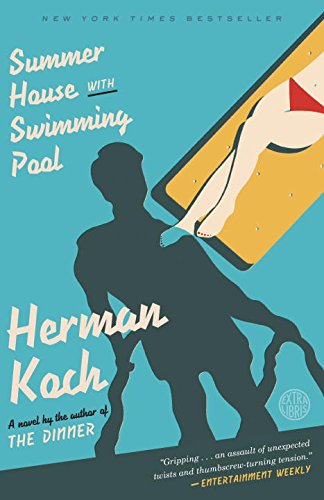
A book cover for Summer House with Swimming Pool: A Novel; Herman Koch; Literature & Fiction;